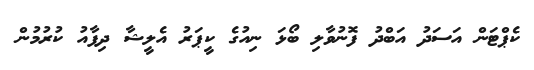
ކެޕްޓަން އަސަދު އަބްދު ފޮނުވާލި ބޯޅަ ނިއުގެ ކީޕަރު އެލީޝާ ދިފާއު ކުރުމުން